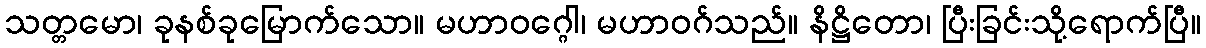
သတ္တမော၊ ခုနစ်ခုမြောက်သော။ မဟာဝဂ္ဂေါ၊ မဟာဝဂ်သည်။ နိဋ္ဌိတော၊ ပြီးခြင်းသို့ရောက်ပြီ။